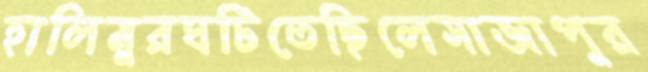
হালিমুরঘটিতেছিলেসাজাপুর